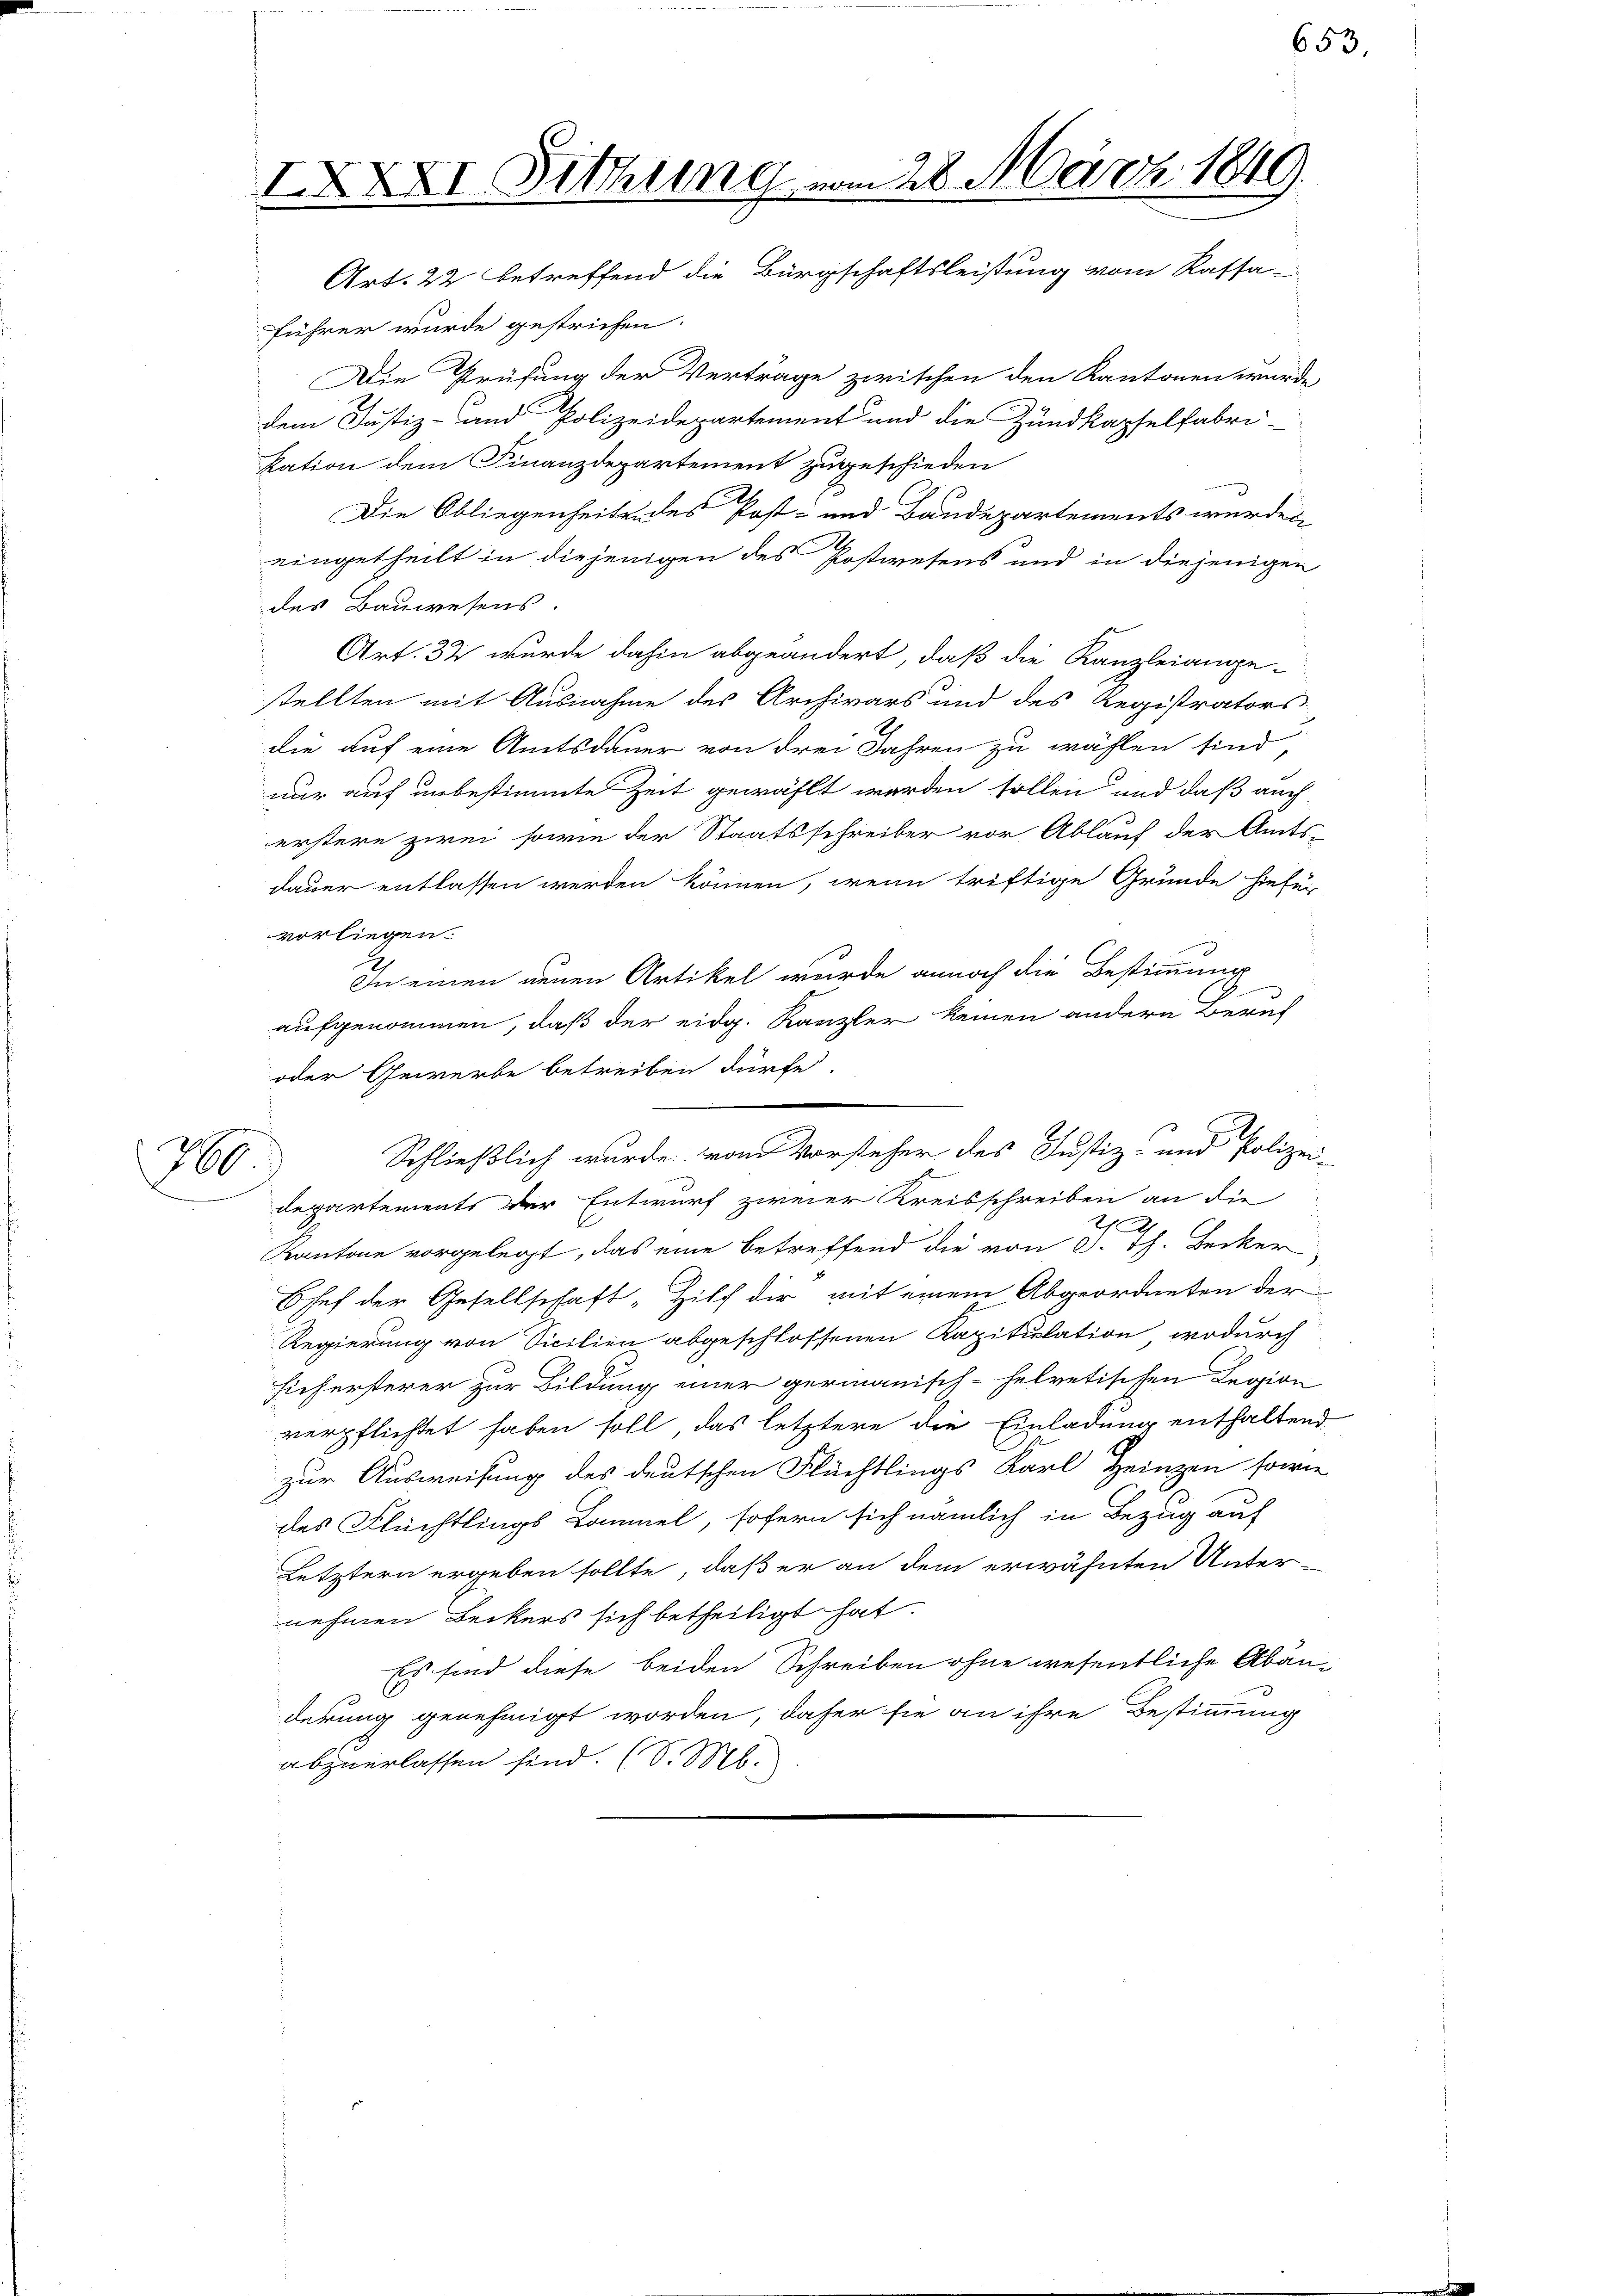
200

IXXXI Sitzung vom 28. März 1849.
Art. 22 betreffend die Bürgschaftsleistung vom Kassa-

führer wurde gestrichen.
Die Prüfung der Vertrage zwischen den Kantonen wurde
dem Justiz- und Polizeidepartement und die Zundkapselfabri-
kation dem Finanzdepartement zugeschieden
Die Obliegenheiten des Post- und Baudepartements werden
eingetheilt in diejenigen des Postwesens und in diejenigen
des Bauwesens.
Art. 32 wurde dahin abgeändert, daß die Kanzleiange-
stellten mit Ausnahme des Archivars und des Registrators
die auf eine Amtsdauer von drei Jahren zu wählen sind,
nur auf unbestimmte Zeit gewählt werden sollen und daß auch
erstere zwei sowie der Staatsschreiber vor Ablauf der Amts-
dauer entlassen werden können, wenn triftige Grunde hiefür
vorliegen.
In einen neuen Artikel wurde annoch die Bestimmung
A.
aufgenommen, daß der eidg. Kanzler keinen andern Beruf
oder Gewerbe betreiben dürfe.
Schließlich wurde vom Vorsteher des Justiz- und Polizei-
departements der Entwurf zweier Kreisschreiben an die
Kantone vorgelegt, das eine betreffend die von 3 Th. Becker
Chef der Gesellschaft "Hilf dir mit einem Abgeordneten der
Regierung von Sicilien abgeschlossenen Kapitulation, wodurch
hiehersterer zur Bildung einer germanisch-helvetischen Legion
verpflichtet haben soll, das letztere die Einladung enthaltend
zur Ausweisung des deutschen Flüchtlings Karl Heinzen sowie
des Flüchtlings Kommel, sofern sich nämlich in Bezug auf
Letztern ergeben sollte, daß er an dem erwähnten Unter-
nehmen Beckers sich betheiligt hat.
Es sind diese beiden Schreiben ohne wesentliche Abänderung genehmigt worden, daher sie an ihre Bestimmung
abzuerlassen sind. (S. M.

653,